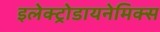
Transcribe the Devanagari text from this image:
इलेक्ट्रोडायनेमिक्स